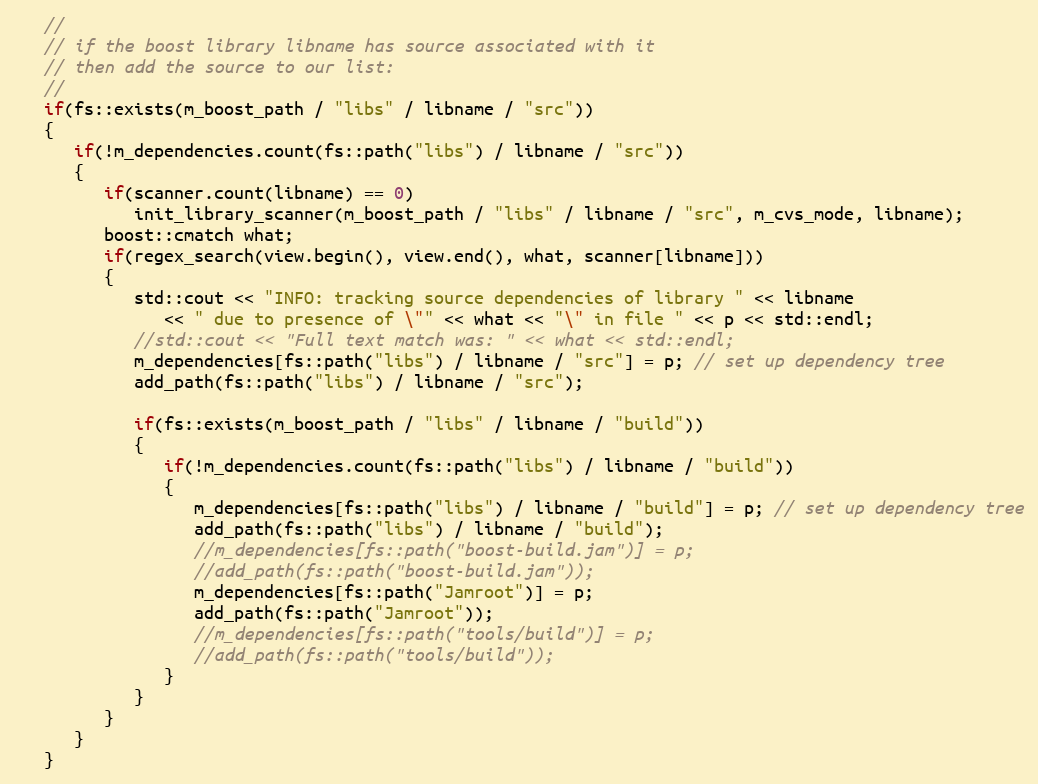
Language: C++
   //
   // if the boost library libname has source associated with it
   // then add the source to our list:
   //
   if(fs::exists(m_boost_path / "libs" / libname / "src"))
   {
      if(!m_dependencies.count(fs::path("libs") / libname / "src"))
      {
         if(scanner.count(libname) == 0)
            init_library_scanner(m_boost_path / "libs" / libname / "src", m_cvs_mode, libname);
         boost::cmatch what;
         if(regex_search(view.begin(), view.end(), what, scanner[libname]))
         {
            std::cout << "INFO: tracking source dependencies of library " << libname
               << " due to presence of \"" << what << "\" in file " << p << std::endl;
            //std::cout << "Full text match was: " << what << std::endl;
            m_dependencies[fs::path("libs") / libname / "src"] = p; // set up dependency tree
            add_path(fs::path("libs") / libname / "src");

            if(fs::exists(m_boost_path / "libs" / libname / "build"))
            {
               if(!m_dependencies.count(fs::path("libs") / libname / "build"))
               {
                  m_dependencies[fs::path("libs") / libname / "build"] = p; // set up dependency tree
                  add_path(fs::path("libs") / libname / "build");
                  //m_dependencies[fs::path("boost-build.jam")] = p;
                  //add_path(fs::path("boost-build.jam"));
                  m_dependencies[fs::path("Jamroot")] = p;
                  add_path(fs::path("Jamroot"));
                  //m_dependencies[fs::path("tools/build")] = p;
                  //add_path(fs::path("tools/build"));
               }
            }
         }
      }
   }